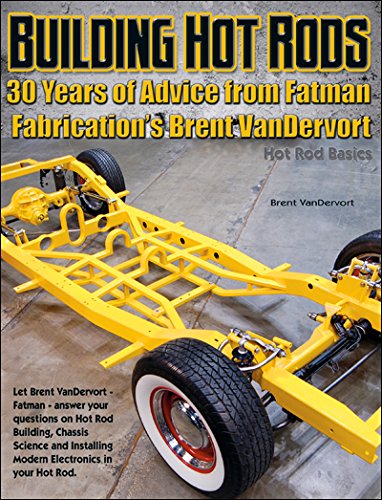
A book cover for Building Hot Rods: 30 Years of Advice from Fatman Fabrication's Brent VanDervort (Hot Rod Basics); Brent VanDervort; Engineering & Transportation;